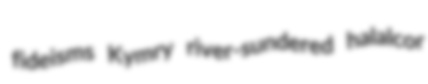
fideisms Kymry river-sundered halalcor